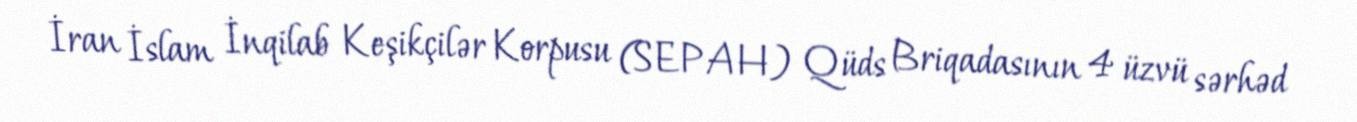
İran İslam İnqilab Keşikçilər Korpusu (SEPAH) Qüds Briqadasının 4 üzvü sərhəd